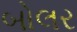
બોલર